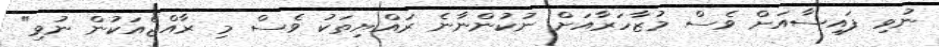
ނުވި ފައިސާއަށް ވެސް މުޒާހަރާއަށް ނުކުންނާނެ ރައްޔިތަކު ވެސް މި ރާއްޖެއަކުން ނުވި"